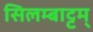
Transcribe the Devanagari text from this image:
सिलम्बाट्टम्